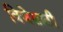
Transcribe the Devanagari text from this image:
विजेसाठी